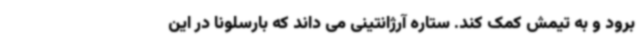
برود و به تیمش کمک کند. ستاره آرژانتینی می داند که بارسلونا در این